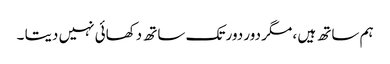
ہم ساتھ ہیں ، مگر دور دور تک ساتھ دکھائی نہیں دیتا ۔